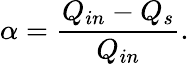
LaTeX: \alpha=\frac{Q_{in}-Q_{s}}{Q_{in}}.